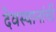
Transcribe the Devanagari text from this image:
देवस्थानांची